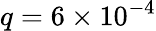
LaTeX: q=6\times 10^{-4}